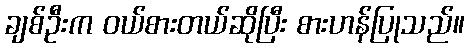
ချစ်ဦးက ဝယ်စားတယ်ဆိုပြီး စားဟန်ပြုသည်။